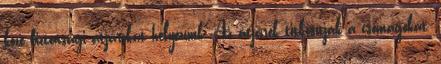
közé biztonsági átjárókat helyezünk. Az átjárók titkosítják a csomagokat,